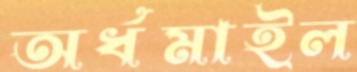
অর্ধমাইল